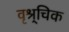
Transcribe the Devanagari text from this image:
वृश्र्चिक